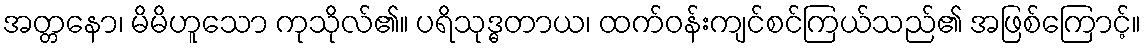
အတ္တနော၊ မိမိဟူသော ကုသိုလ်၏။ ပရိသုဒ္ဓတာယ၊ ထက်ဝန်းကျင်စင်ကြယ်သည်၏ အဖြစ်ကြောင့်။